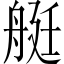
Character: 艇